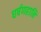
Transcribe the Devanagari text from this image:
घर्षणहानि